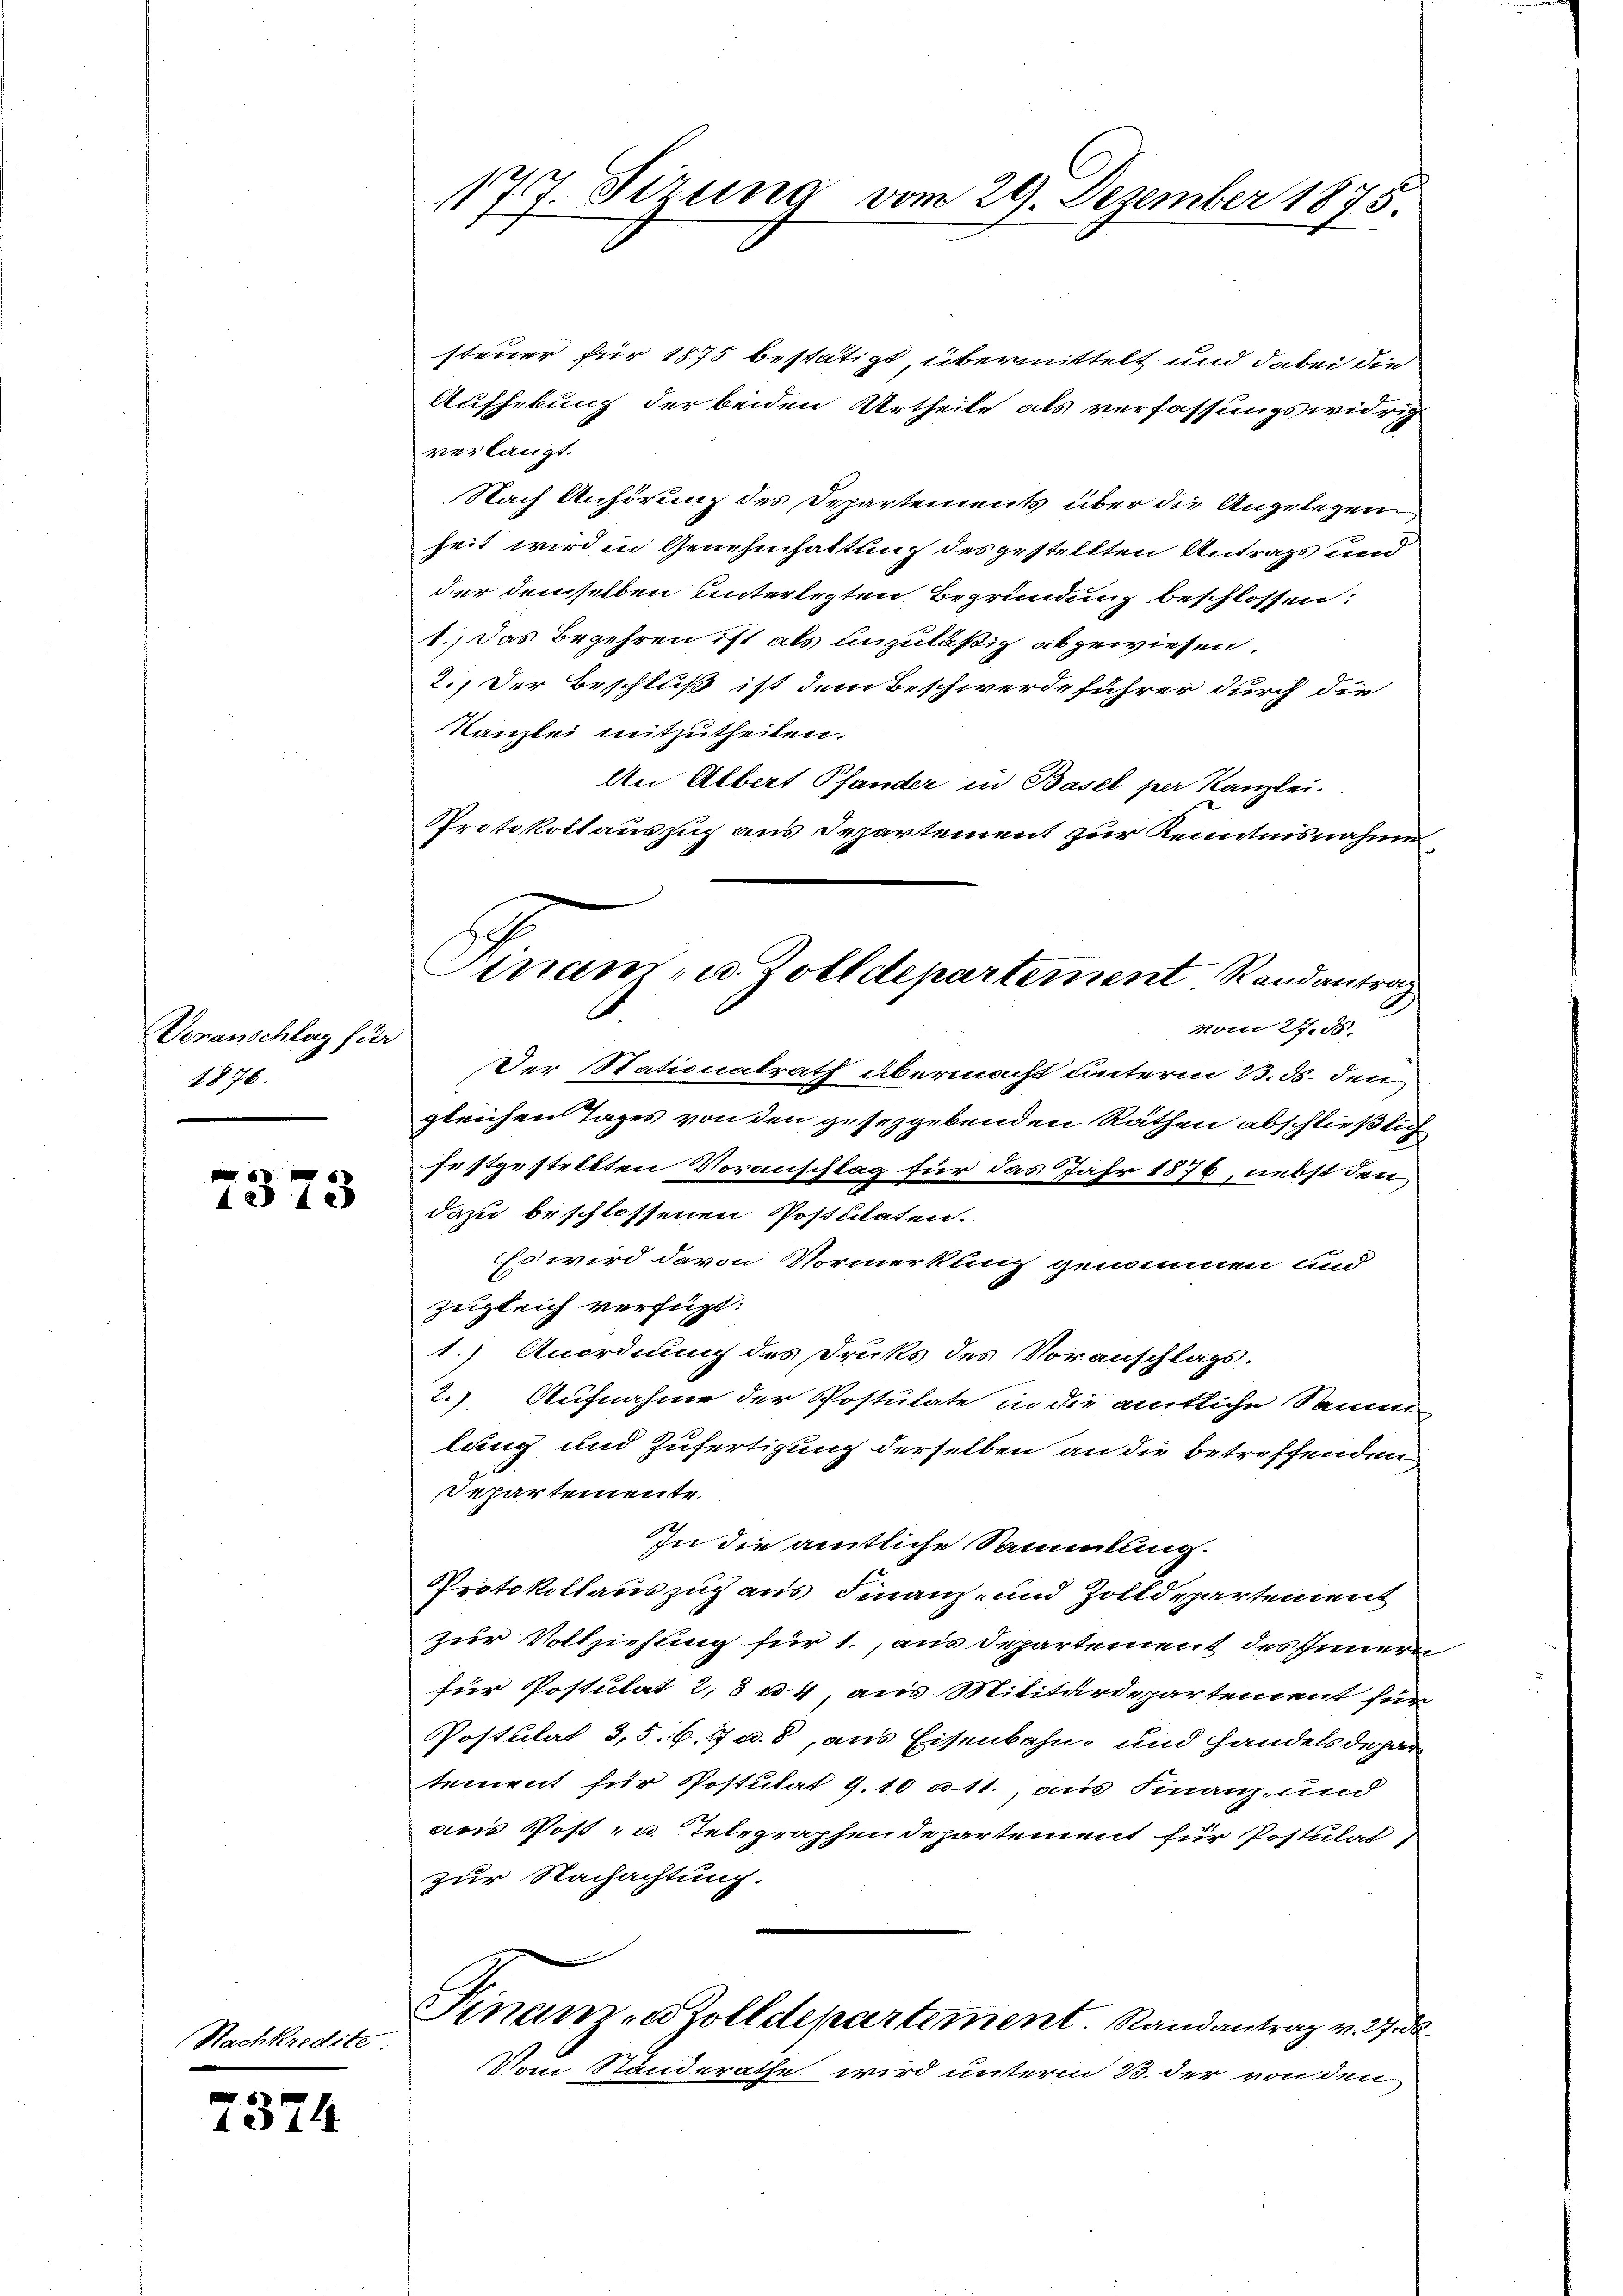
Veranschlag für
1876.

7373

7374

Kredite

177. Serung vom 29. Dezember 1875.

steuer für 1875 bestätigt übermittelt und dabei die
Aufhebung der beiden Urtheile als verfassungswidrig
verlangt.
Nach Anhörung des Departements über die Angelegen
heit wird in Genehmhaltung des gestellten Antrags und
der demselben unterlegten Begründung beschlossen:
1.) Das Begehren ist als unzuläßig abgewiesen.
2.) Der Beschluß ist dem Beschwerde führer durch die
Kanzlei mitzutheilen.
An Albert Pfander in Basel per Kanzlei.
Protokollauszug aus Departement zur Kenntnisnahme
Der Nationalrath übermacht unterm 13. ds. den
gleichen Tages von den gesezgebenden Räthen abschließlich
festgestellten Voranschlag für das Jahr 1876, nebst den
dazu beschlossenen Postulaten.
Es wird davon Vormerkung genommen und
zugleich verfügt:
1.) Anordnung des Druks des Voranschlags.
2.) Aufnahme der Postulate in die amtliche Samm
lung und Zufertigung derselben an die betreffenden
Separtemente.
In die amtliche Sammlung.
Protokollauszug aus Finanz- und Zolldepartement
zur Vollziehung für 1., aus Departement des Innern
für Postulat 2, 8 u. 4, aus Militärdepartement für
Postulat 3,5. 6. 7 u. 8, aus Eisenbahn- und handels dipar
tement für Postulat 9.10 a 11, aus Finanz- und
des Post u. Telegraphen Departement für Postulat
zur Nachachtung.
Sinamen Zolldepartement. Randantrag v. 27. d.
Vom Standerathe wird unterm 23. der von den

Sinam u. Zolldepartement Randantrag
von S. S.